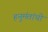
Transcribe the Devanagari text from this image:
हनुमंतांची